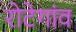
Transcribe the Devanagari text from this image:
रोटेगांव